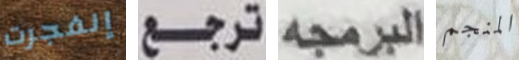
إنفجرت ترجع البرمجه المنجم